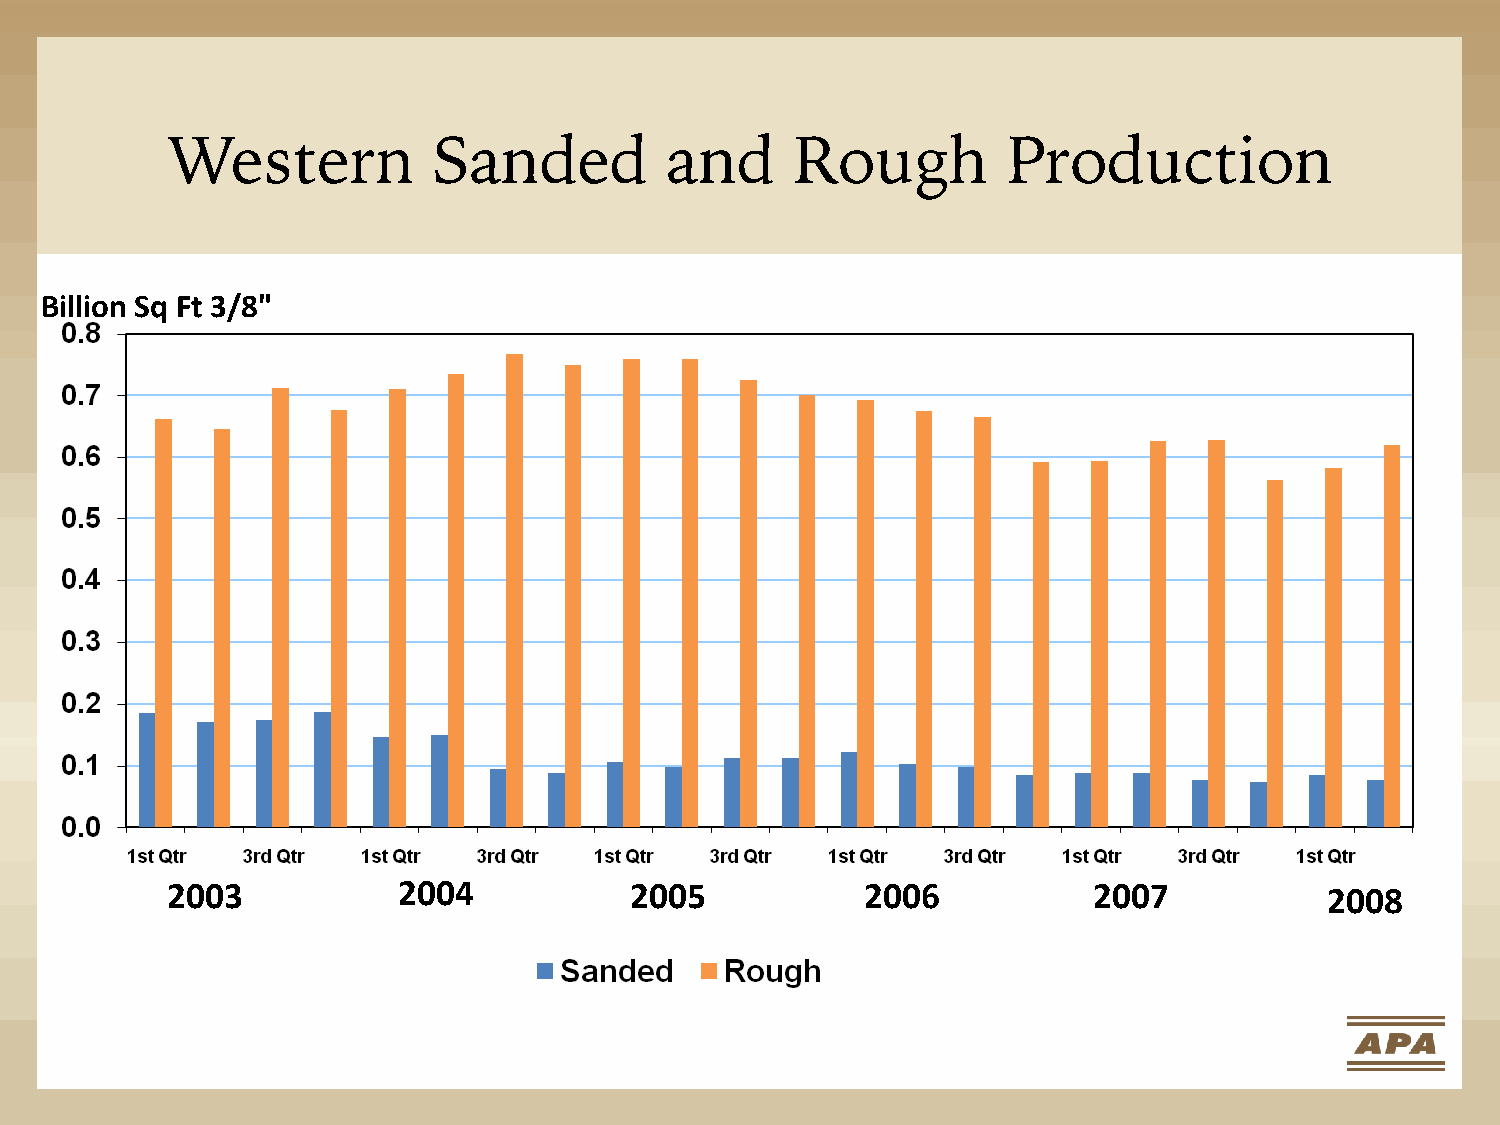
Western           Sanded         and      Rough         Production
 Billion Sq Ft 3/8"
 2003           2004            2005           2006           2007            2008